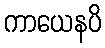
ကာယေနပိ